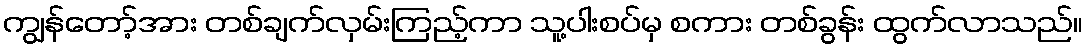
ကျွန်တော့်အား တစ်ချက်လှမ်းကြည့်ကာ သူ့ပါးစပ်မှ စကား တစ်ခွန်း ထွက်လာသည်။